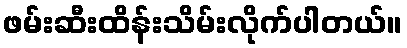
ဖမ်းဆီးထိန်းသိမ်းလိုက်ပါတယ်။